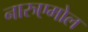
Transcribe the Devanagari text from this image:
नारुएमोल